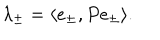
LaTeX: \lambda _ { \pm } = \langle e _ { \pm } , P e _ { \pm } \rangle .